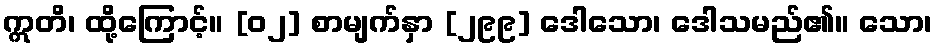
ဣတိ၊ ထို့ကြောင့်။ [၀၂] စာမျက်နှာ [၂၉၉] ဒေါသော၊ ဒေါသမည်၏။ သော၊